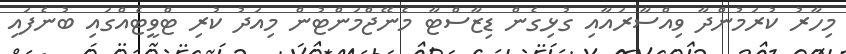
މިހާރު ކުރަމުންދާ ވިއްސާރައާއި ގުޅިގެން ޑިޒާސްޓާ މެނޭޖްމަންޓުން މިއަދު ކުރި ޓްވީޓެއްގައި ބުނެފައި